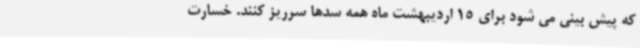
که پیش بینی می شود برای 15 اردیبهشت ماه همه سدها سرریز کنند. خسارت